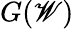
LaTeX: G(\mathscr{W})